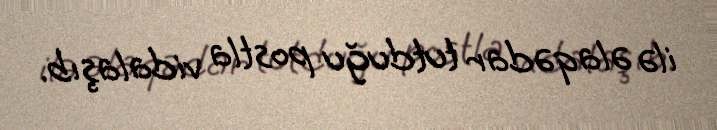
ilə əlaqədar tutduğu postla vidalaşıb.